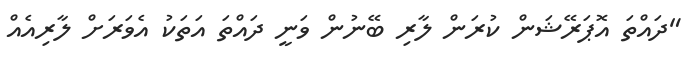
"ދައްތަ އޮޕަރޭޝަން ކުރަން ލާރި ބޭނުން ވަނީ ދައްތަ އަތަކު އެވަރަށް ލާރިއެއް